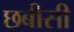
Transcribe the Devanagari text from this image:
छबीसी